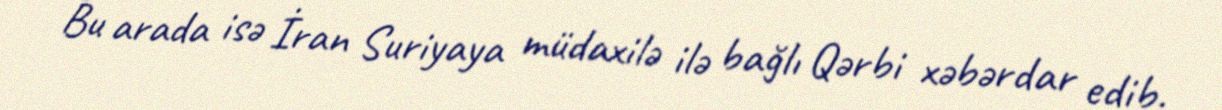
Bu arada isə İran Suriyaya müdaxilə ilə bağlı Qərbi xəbərdar edib.